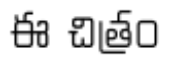
ఈ చిత్రం